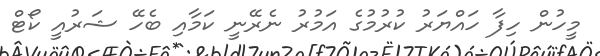
މީހުން ހިފާ ހައްޔަރު ކުރުމުގެ އަމުރު ނެރޭނީ ކަމާއި ބެހޭ ޝަރުއީ ކޯޓް